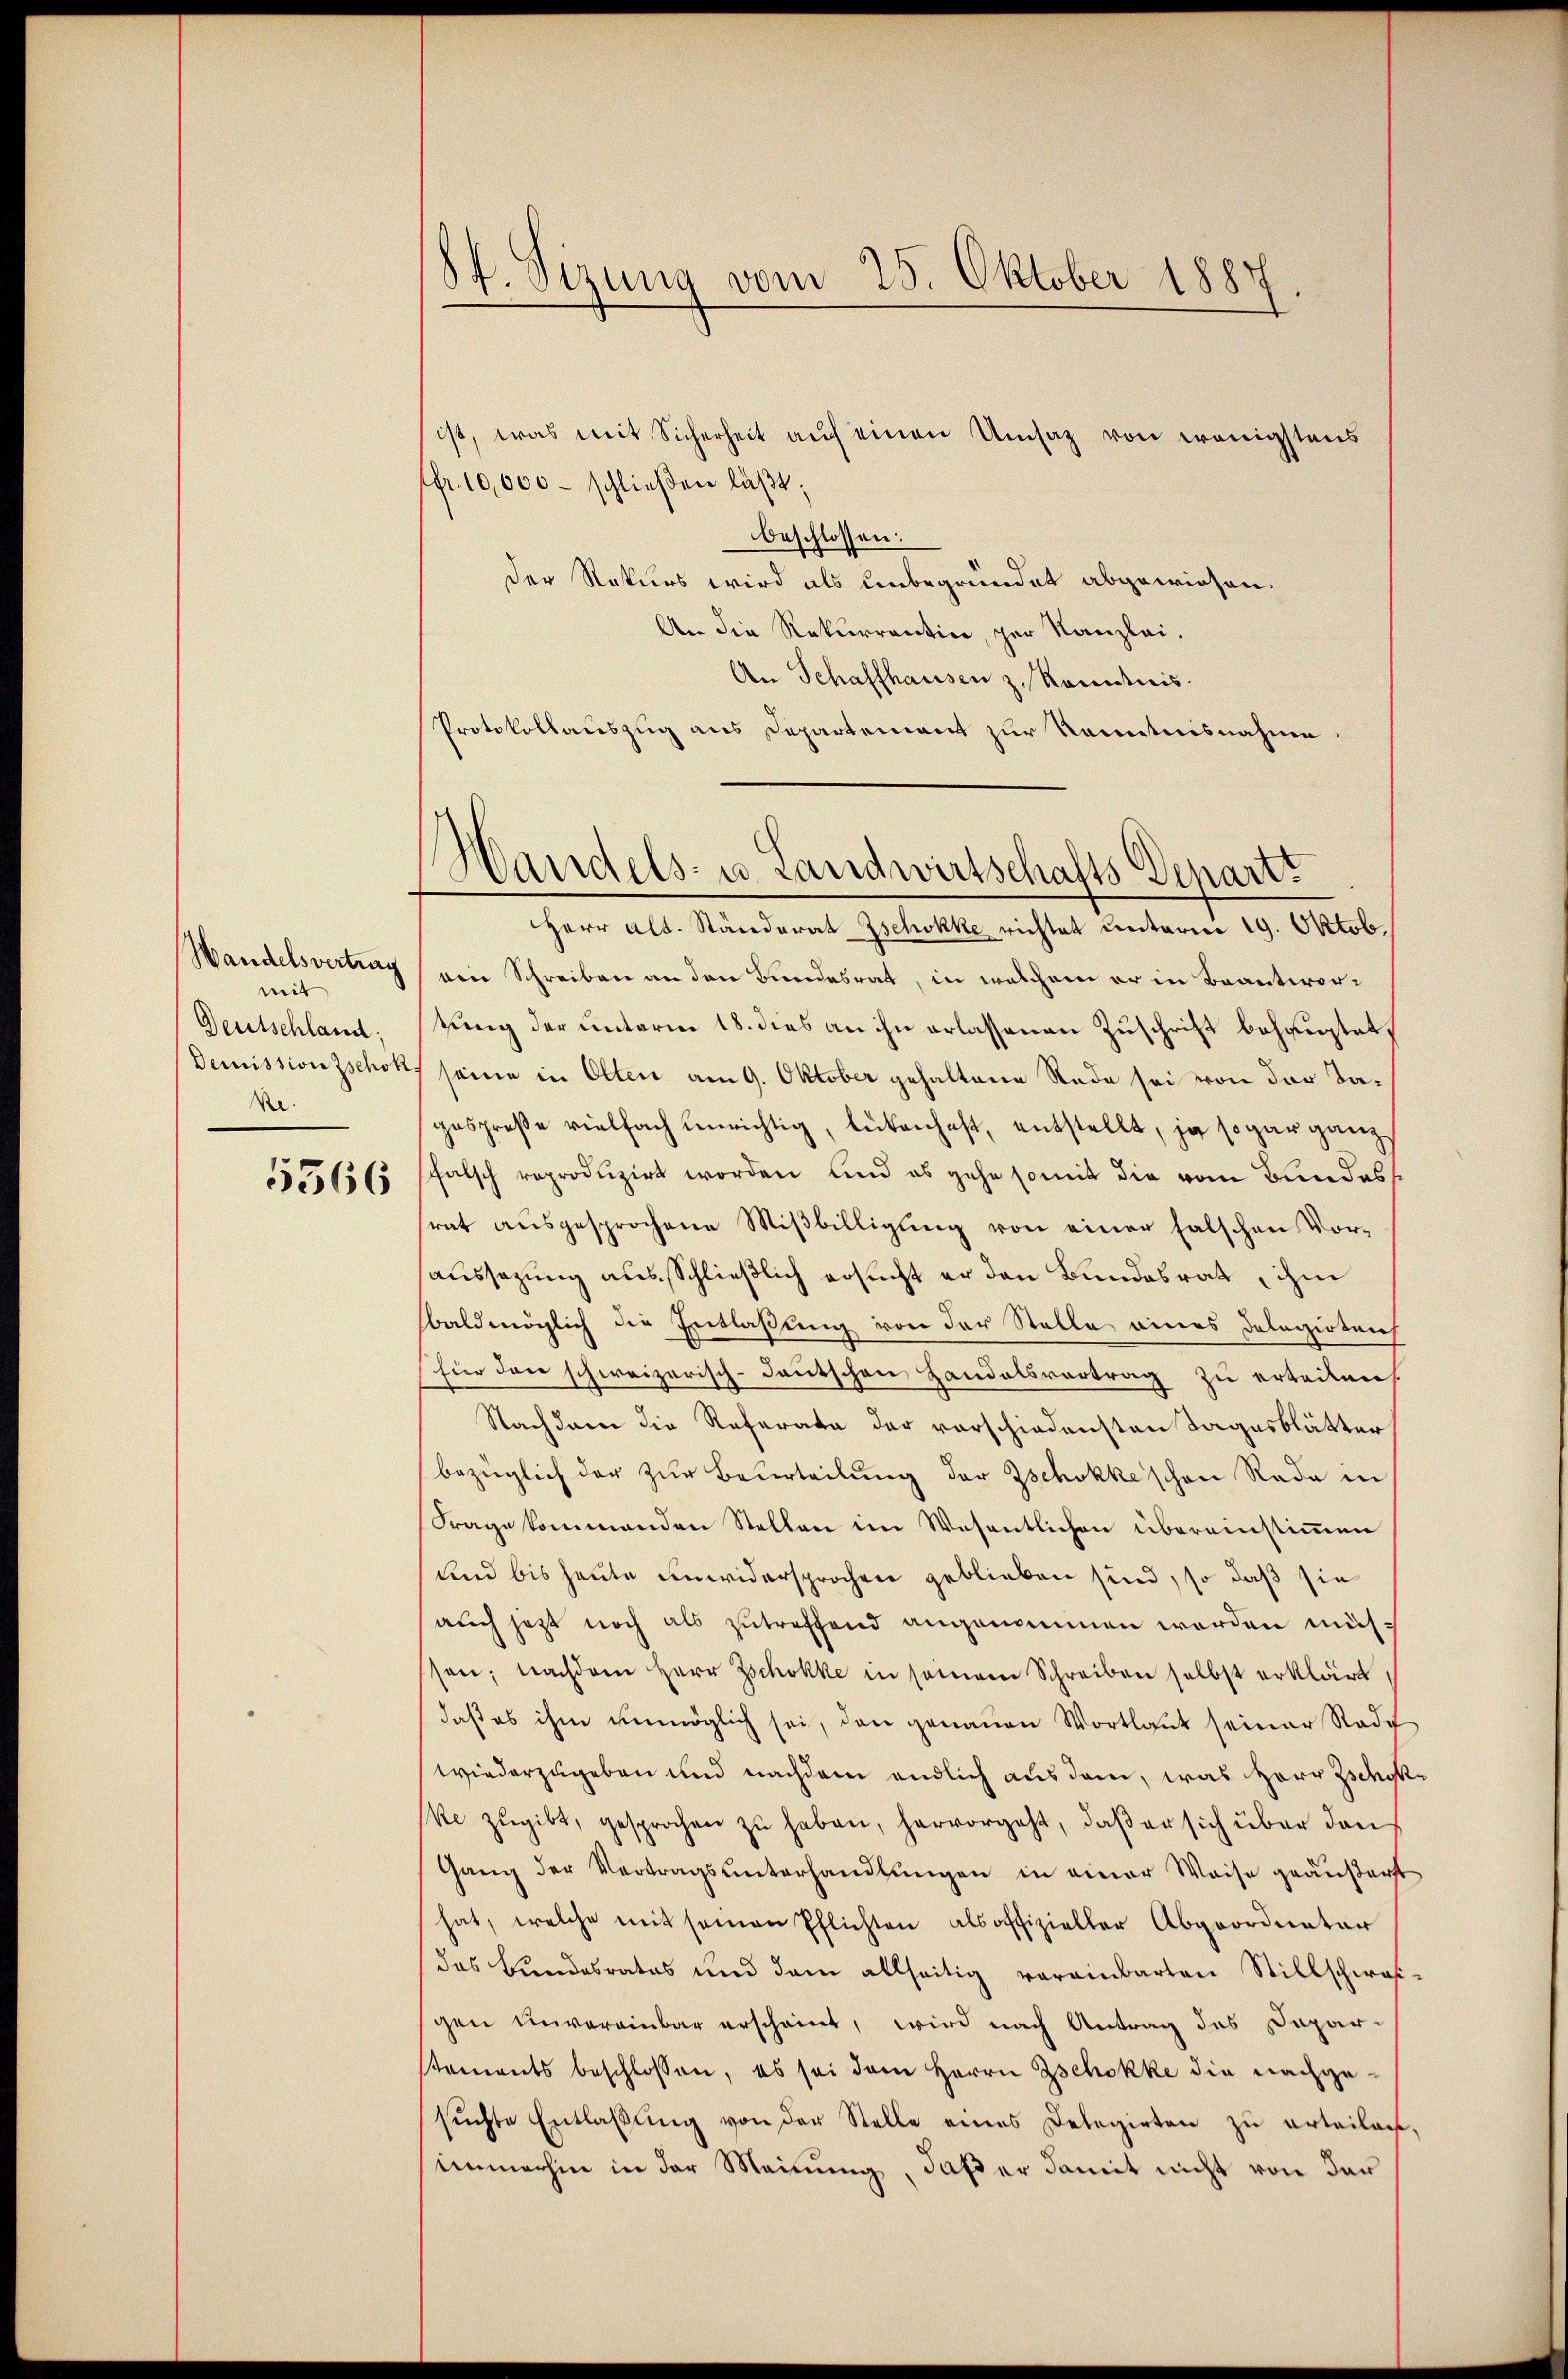
Wandelsvertrag
mit
Deutschland:
Demission Zschon
Re.
5366

84. Sizung vom 25. Oktober 1887.

ist, was mit Sicherheit auf einen Umsaz von wenigstens
ffr. 10,000 - schließen läßt,
beschlossen:
Der Rekurs wird als unbegründet abgewiesen.
An die Rekurrention, par Kanzlei-
An Schaffhausen z. Konntnis.
Protokollauszug aus Departement zur Kenntnisnahme
Herr Alt. Ständerat Zschokke richtet unterm 19. Oktob.
eine Schreiben an den Bundesrat, in welchem er in Beantwortung der unterm 18. dies an ihn erlassenen Zuschrift behauptet,
seine in Olten am 9. Oktober gehaltene Rede sei von der dagesprose vielfach Einrichtig, lebenhaft, entstellt, ja sogar ganz
falsch reproduzirt worden, und es gehe somit die vom Bundessrat ausgesprochene Mißbilligung von einer falschen Voraussezung aus Schließlich ersucht er den Bundesrath, ihm
sbaldmöglich die Entlaßung von der Stelle eines Delagerteich
für den schweizerisch-deutschen Handelsvortrag zu erteilen.
Nachdem die Referate der vorschiedensten Tagesblätter
bezüglich der zur Beurteilung der Zschokke schen Rade in
Frage kommenden Stellen im Wesentlichen übereinstimmen
lnd bis heute unwidersprochen geblieben sind, so daß sie
auch jetzt noch als zutreffend angenommen worden müssen; nachdem Herr Zschokke in seinem Schreiben selbst erklärt,
daß es ihm unmöglich sei, den genauen Wortlaut seiner Stadt
wiederzugeben und nachdem endlich aus dem, was Herr Zschokke zugibt, gesprochen zŭ haben, hervorgeht, daß er sich über den
Gang der Vertragsŭnterhandlŭngen in einer Weise geäußert
hat, welche mit seinen Pflichten als offizieller Abgeordneter
das Bundesrates und dem allseitig vereinbarten Stillschwasschen unvereinbar erscheint, wird nach Antrag des Dapar-
stements beschlossen, es sei dem Herrn Zschokke die nachgesŭchte Entlaβŭng von der Stelle eines Delegirten zu erteilen.
immerhin in der Meinung, daß er damit nicht von der

Handels- u. Landwirtschafts Depart